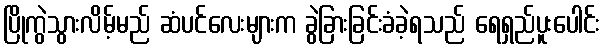
ပြိုကွဲသွားလိမ့်မည် ဆံပင်လေးများက ခွဲခြားခြင်းခံခဲ့ရသည် ရေရှည်ပူးပေါင်း